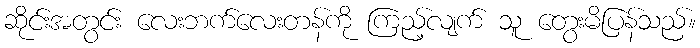
ဆိုင်းအတွင်း လေးဘက်လေးတန်ကို ကြည့်လျက် သူ တွေးမိပြန်သည်။